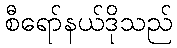
စီရော်နယ်ဒိုသည်